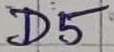
Text: D5